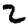
Digit: 2